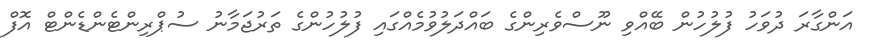
އަންގާރަ ދުވަހު ފުލުހުން ބޭއްވި ނޫސްވެރިންގެ ބައްދަލުވުމެއްގައި ފުލުހުންގެ ތަރުޖަމާނު ސުޕްރިންޓެންޑެންޓް އޮފް